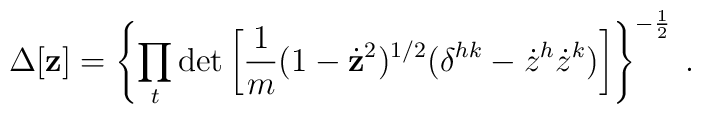
\Delta [ {\bf z} ]= \left\{ \prod_t \det \left[{1 \over m} (1 - \dot{\bf z}^2)^{1/2}( \delta^{hk}-{\dot{z}}^h {\dot{z}}^k ) \right]\right\}^{-\frac{1}{2}} \> .